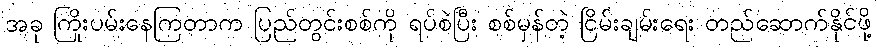
အခု ကြိုးပမ်းနေကြတာက ပြည်တွင်းစစ်ကို ရပ်စဲပြီး စစ်မှန်တဲ့ ငြိမ်းချမ်းရေး တည်ဆောက်နိုင်ဖို့